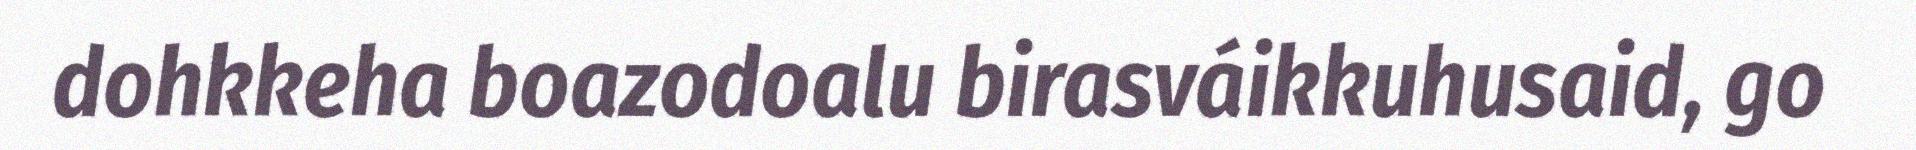
dohkkeha boazodoalu birasváikkuhusaid, go